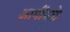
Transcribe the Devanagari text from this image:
आगींमुळे